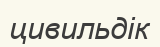
цивильдік